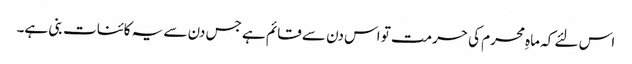
اس لئے کہ ماہِ محرم کی حرمت تو اس دن سے قائم ہے جس دن سے یہ کائنات بنی ہے۔